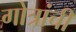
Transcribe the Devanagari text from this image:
गोत्रांची